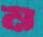
ম